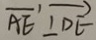
\overrightarrow { A E } \bot \overrightarrow { D E }